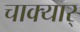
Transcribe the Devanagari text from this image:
चाक्यार्